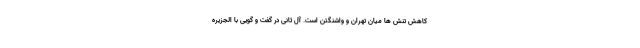
کاهش تنش ها میان تهران و واشنگتن است. آل ثانی در گفت و گویی با الجزیره